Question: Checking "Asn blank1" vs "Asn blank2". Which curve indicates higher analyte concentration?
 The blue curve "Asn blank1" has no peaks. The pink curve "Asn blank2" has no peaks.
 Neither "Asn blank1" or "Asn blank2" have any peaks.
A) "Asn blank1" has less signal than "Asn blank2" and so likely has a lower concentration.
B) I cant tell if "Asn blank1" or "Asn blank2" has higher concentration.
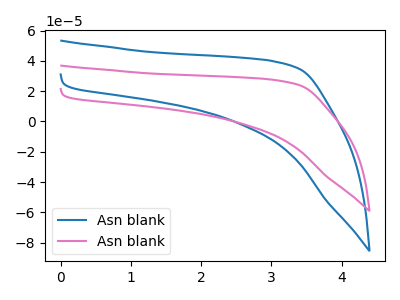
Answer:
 <answer>B) I cant tell if "Asn blank1" or "Asn blank2" has higher concentration.</answer>
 <eval>B</eval>